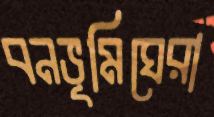
বনভূমিঘেরা